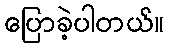
ပြောခဲ့ပါတယ်။